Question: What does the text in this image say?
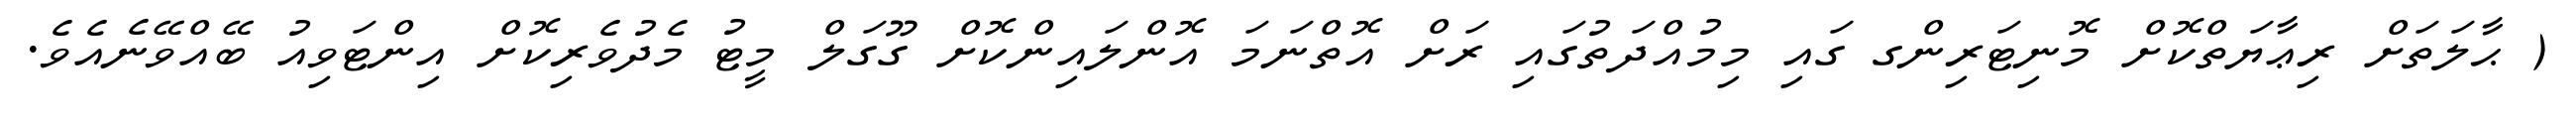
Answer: ( ޙާލަތަށް ރިޢާޔަތްކޮށް މޮނިޓަރިންގ ގައި މިމުއްދަތުގައި ރަށް އޮތްނަމަ އޮންލައިންކޮށް ގޫގަލް މީޓު މެދުވެރިކޮށް އިންޓަވިއު ބޭއްވޭނެއެވެ.